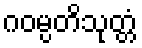
ဂဝမ္ပတိသုတ္တံ